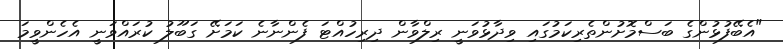
"އެބޭފުޅުންގެ ބަސްމޮށުންތެރިކަމުގައި ވިދާޅުވަނީ ރިލްވާން ދިރިހުއްޓަ ފެންނާނެ ކަމަށޭ ގަބޫލު ކުރައްވަނީ އެހެންވީމަ